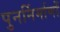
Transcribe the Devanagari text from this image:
पुनर्निर्माणों